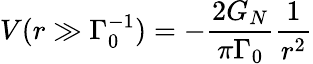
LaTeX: V(r\gg\Gamma_{0}^{-1})=-\frac{2G_{N}}{\pi\Gamma_{0}}\frac{1}{r^{2}}